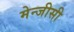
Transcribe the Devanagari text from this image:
मेन्जीसी